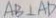
A B \bot A D